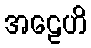
အဠေဟိ